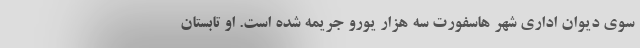
سوی دیوان اداری شهر هاسفورت سه هزار یورو جریمه شده است. او تابستان